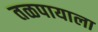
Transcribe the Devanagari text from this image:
तळपायाला